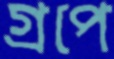
গ্রপে